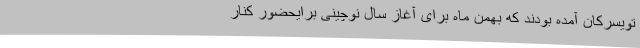
تویسرکان آمده بودند که بهمن ماه برای آغاز سال نوچینی برایحضور کنار